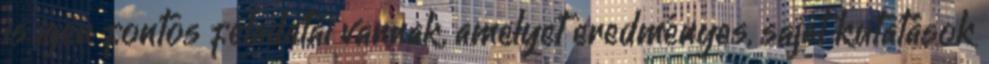
is igen fontos feladatai vannak, amelyet eredményes, saját kutatások